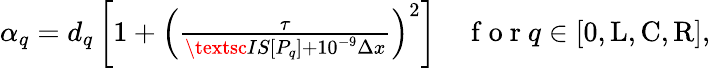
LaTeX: \begin{array}{r}{\alpha_{q}=d_{q}\left[1+\left(\frac{\tau}{\textsc{IS}[P_{q}]+10^{-9}\Delta x}\right)^{2}\right]\quad\mathrm{~f~o~r~}q\in[\mathrm{0,L,C,R}],}\end{array}